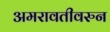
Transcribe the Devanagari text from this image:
अमरावतीवरुन